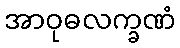
အာဝုဓလက္ခဏံ